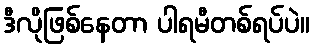
ဒီလိုဖြစ်နေတာ ပါရမီတစ်ရပ်ပဲ။